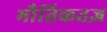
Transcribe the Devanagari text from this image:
भौतिकतज्ञ